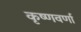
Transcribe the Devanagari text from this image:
कृष्णवर्णा